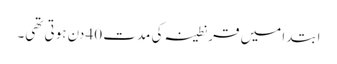
ابتدا میں قرنطینہ کی مدت 40 دن ہوتی تھی۔